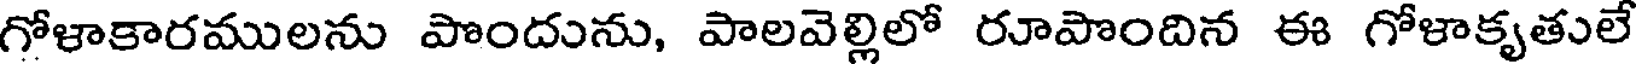
గోళాకారములను పొందును, పాలవెల్లిలో రూపొందిన ఈ గోళాకృతులే